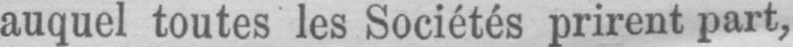
auquel toutes les Sociétés prirent part,